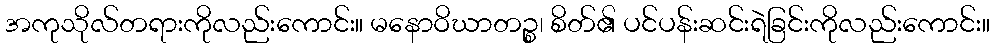
အကုသိုလ်တရားကိုလည်းကောင်း။ မနောဝိဃာတဉ္စ၊ စိတ်၏ ပင်ပန်းဆင်းရဲခြင်းကိုလည်းကောင်း။